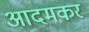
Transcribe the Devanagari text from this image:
आदमकर